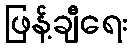
ဖြန့်ချီရေး